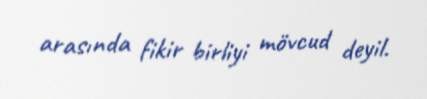
arasında fikir birliyi mövcud deyil.